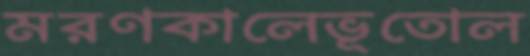
মরণকালেভূতোল